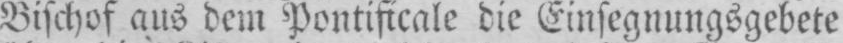
Bischof aus dem Pontificale die Einsegnungsgebete